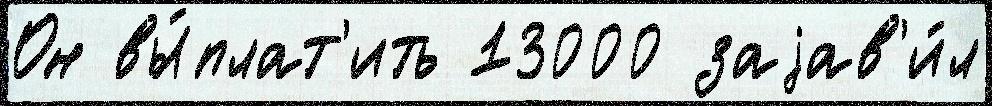
Он вы́плат'ить 13000 заjав'и́л